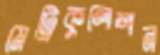
মেট্রিকুলেশন